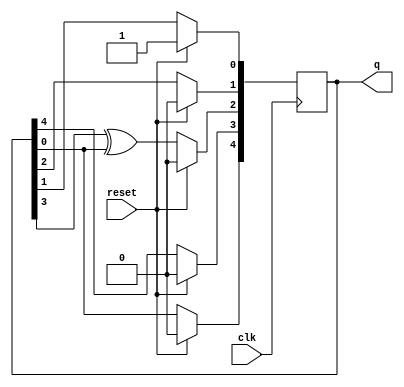
module top_module(
    input clk,
    input reset,    // Active-high synchronous reset to 5'h1
    output [4:0] q
); 
    
    always @(posedge clk) begin
        if (reset)
            q <= 5'b00001;
        else begin
            q[4] <= q[0] ^ 1'b0;
        	q[3] <= q[4];
        	q[2] <= q[3] ^ q[0];
        	q[1] <= q[2];
        	q[0] <= q[1];
        end
    end
   	
endmodule